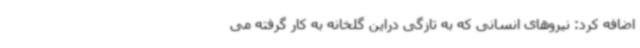
اضافه کرد: نیروهای انسانی که به تازگی دراین گلخانه به کار گرفته می